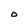
Character: O